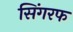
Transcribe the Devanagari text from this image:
सिंगरफ